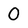
Character: 0